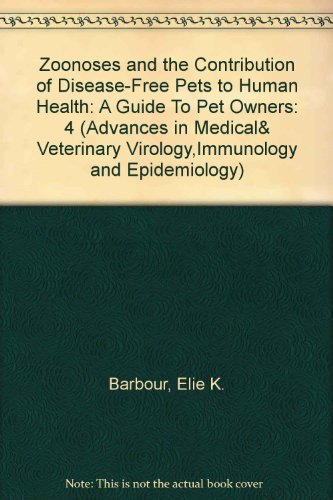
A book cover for Zoonoses And The Contribution Of Disease-free Pets To Human Health: A Guide to Pet Owners (Advances in Medical and Veterinary Virology, Immunology and Epidemiology); Elie K. Barbour; Medical Books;